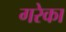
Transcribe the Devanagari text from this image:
गरेका